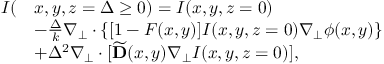
\begin{array} { r l } { I ( } & { x , y , z = \Delta \ge 0 ) = I ( x , y , z = 0 ) } \\ & { - \frac { \Delta } { k } \nabla _ { \perp } \cdot \{ [ 1 - F ( x , y ) ] I ( x , y , z = 0 ) \nabla _ { \perp } \phi ( x , y ) \} } \\ & { + \Delta ^ { 2 } \nabla _ { \perp } \cdot [ \widetilde { \mathbf { D } } ( x , y ) \nabla _ { \perp } I ( x , y , z = 0 ) ] , } \end{array}